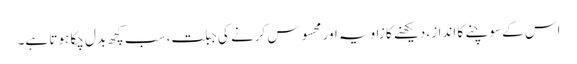
اس کے سوچنے کا انداز، دیکھنے کا زاویہ اور محسوس کرنے کی جبلت، سب کچھ بدل چکا ہوتا ہے۔